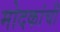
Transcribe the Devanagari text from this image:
मोदकांची